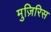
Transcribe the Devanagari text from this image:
मुज़िरिस